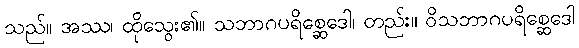
သည်။ အဿ၊ ထိုသွေး၏။ သဘာဂပရိစ္ဆေဒေါ၊ တည်း။ ဝိသဘာဂပရိစ္ဆေဒေါ